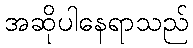
အဆိုပါနေရာသည်